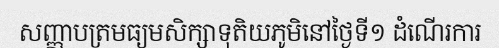
សញ្ញាបត្រមធ្យមសិក្សាទុតិយភូមិនៅថ្ងៃទី១ ដំណើរការ